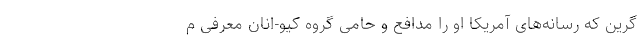
گرین که رسانه‌های آمریکا او را مدافع و حامی گروه کیو-انان معرفی م